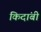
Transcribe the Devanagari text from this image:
किदांबी